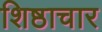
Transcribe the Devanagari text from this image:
शिष्ठाचार